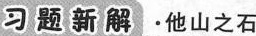
习题新解 · 他山之石